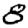
Digit: 8